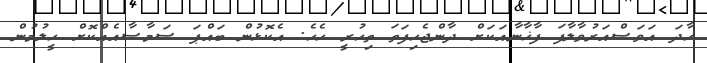
ހާދަ އަވަސްއަރުވާލާފަ ފާޚާނާއަކަށް ދާންޖެހިފަތަ ތިހުރީ ހެހެ. އެކޮޅުން ބައްޕަ ސަމާސާއެއްކޮށް ހީލުމުން